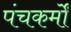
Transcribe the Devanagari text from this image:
पंचकर्मों